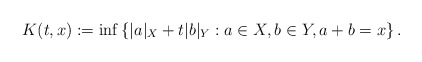
\begin{align*}K(t,x):=\inf\left\{ |a|_X+t|b|_Y: a\in X, b\in Y, a+b=x \right\}.\end{align*}